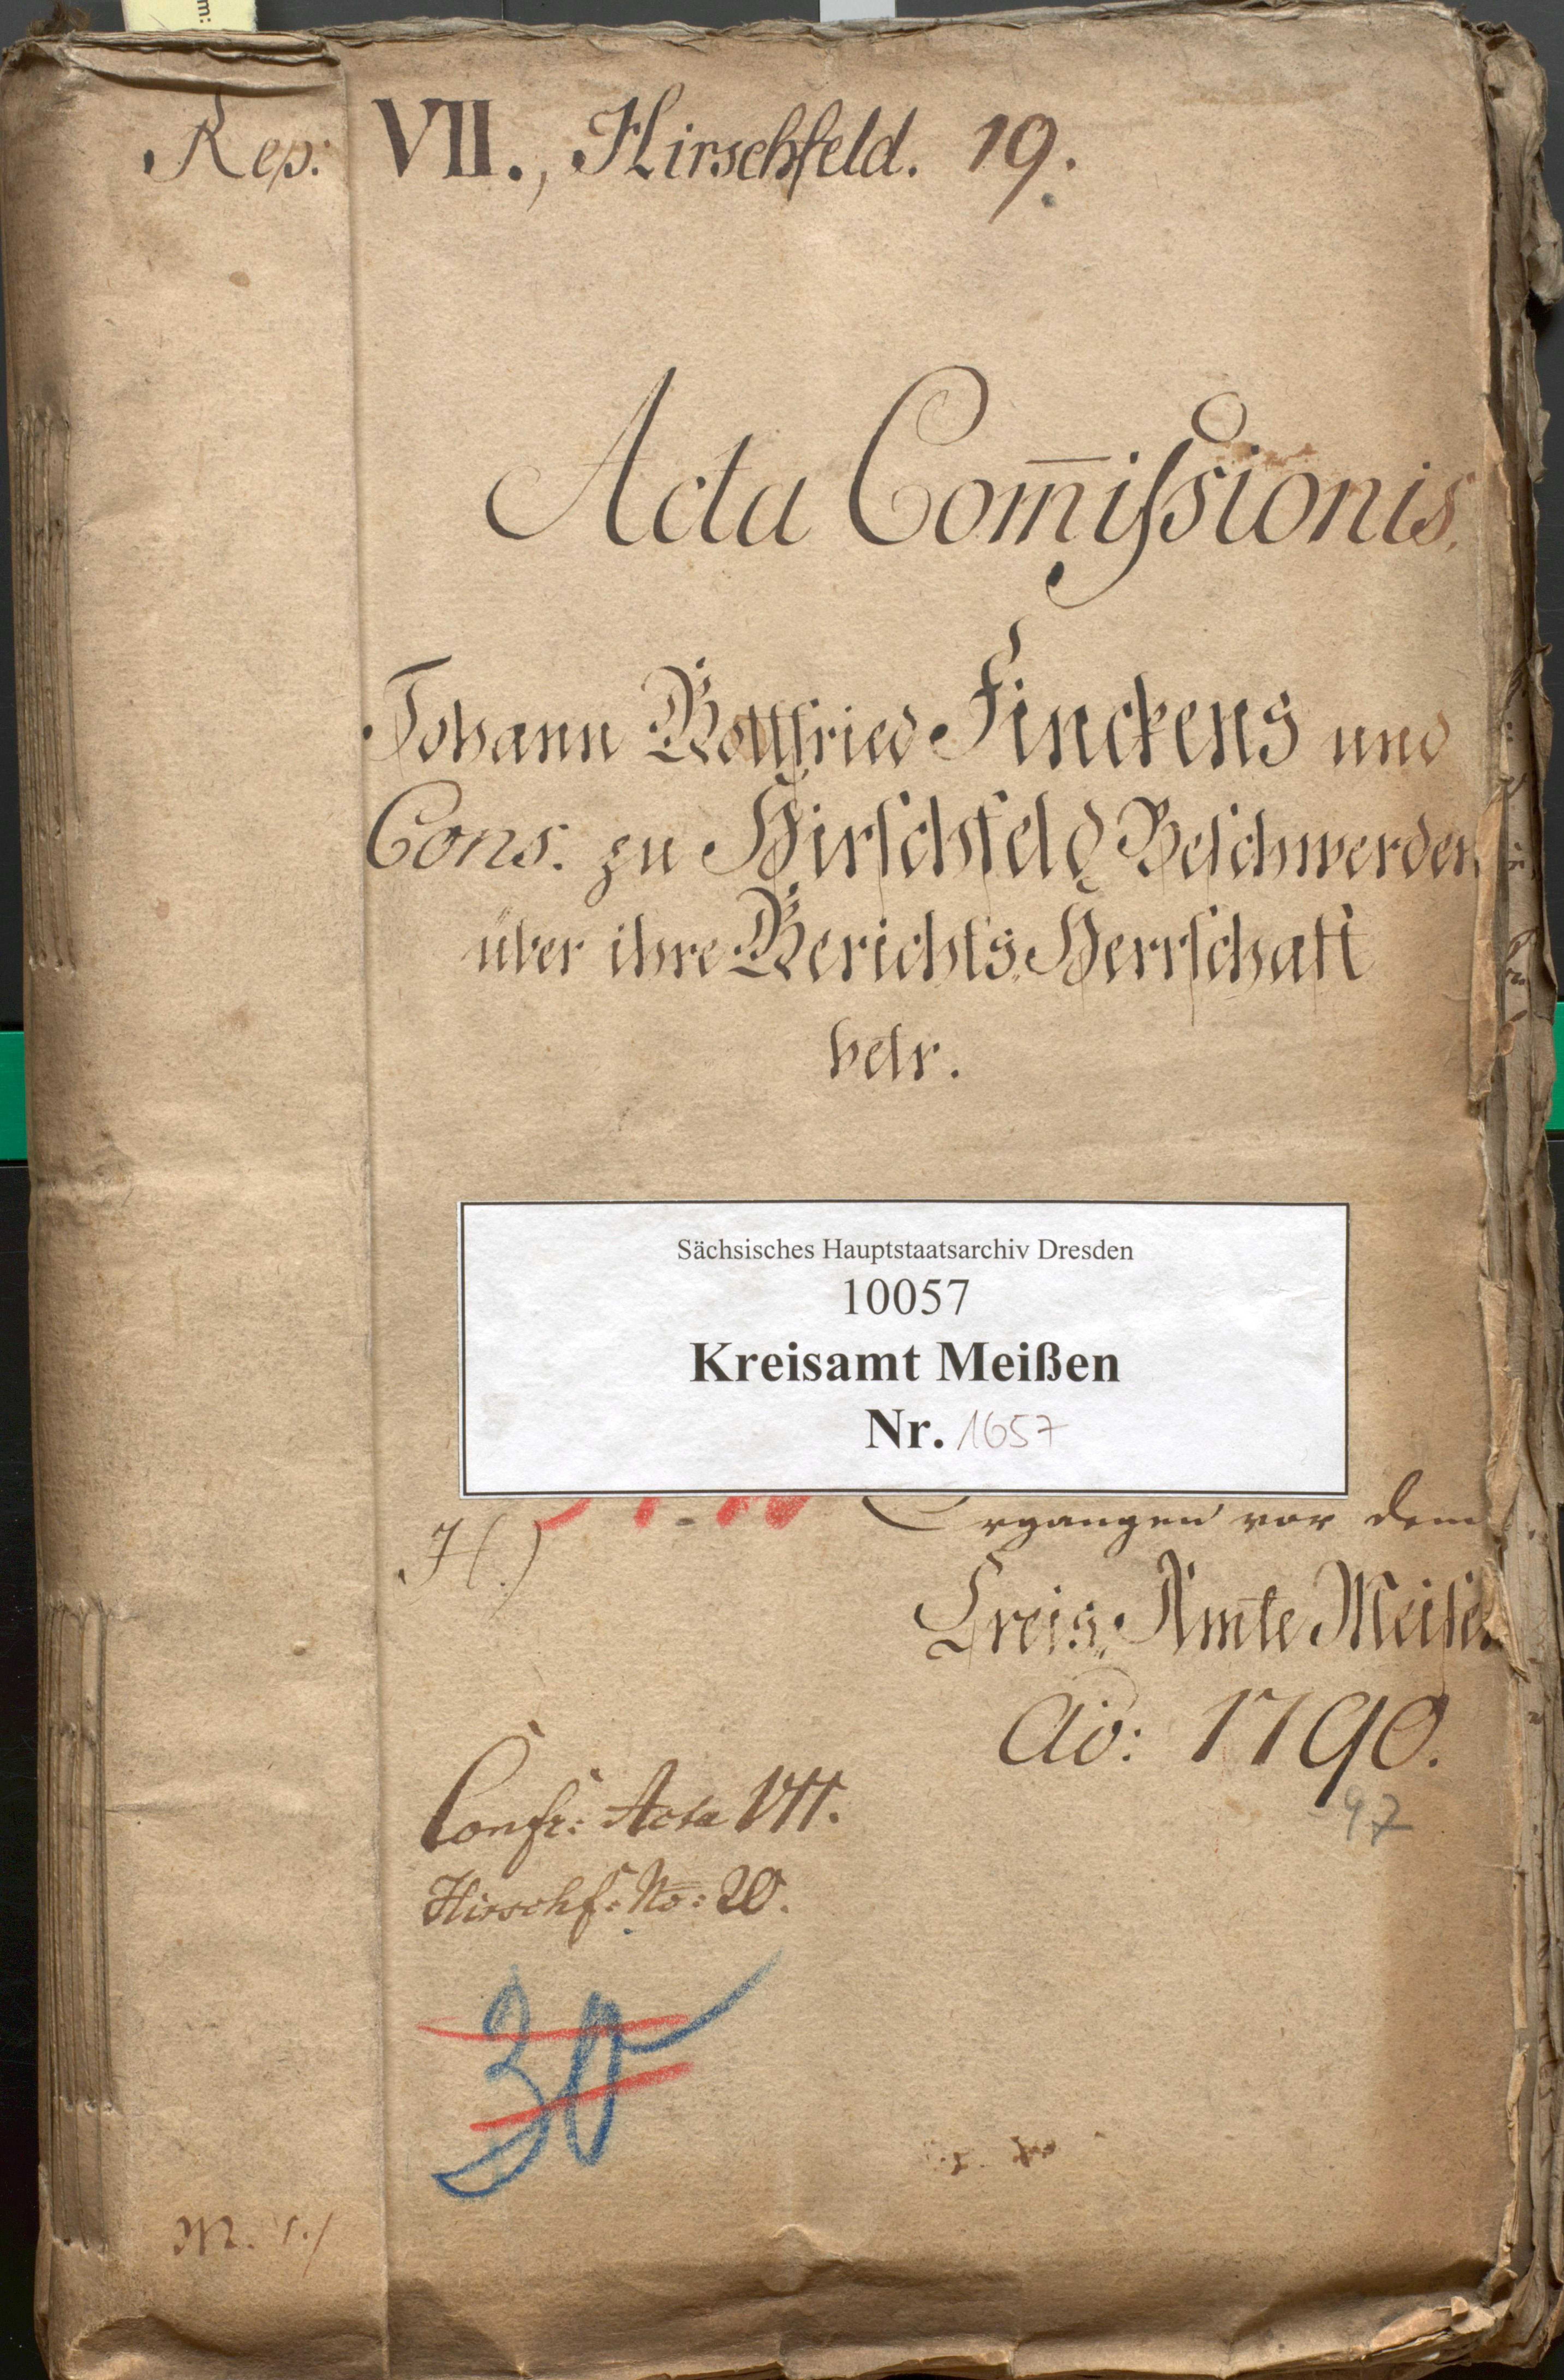
Rep: VII., Hirschfeld. 19.
Acta Comissionis
Johann Gottfried Finckens und
Cons. zu Hirschfeld Beschwerden
über ihre Gerichts Herrschaft
betr.
Ergangen vor dem
H.)
Kreis Amte Meise
Ao: 1790.
- 97
Confr: Acta VII.
Hirschf: No: 20.
30
xxx./